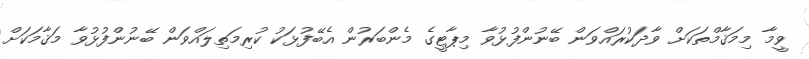
ވީމާ މިމަޤާމްތަކަށް ވާދަކުރައްވަން ބޭނުންފުޅުވާ މިޕާޓީގެ މެންބަރުން އެބޭފުޅަކު ކުރިމަތިލައްވަން ބޭނުންފުޅުވާ މަޤާމަކަށް